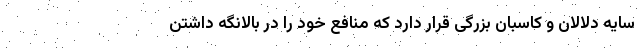
سایه دلالان و کاسبان بزرگی قرار دارد که منافع خود را در بالانگه داشتن